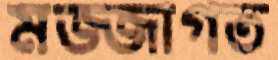
মজ্জাগত